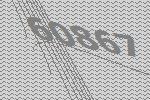
60867